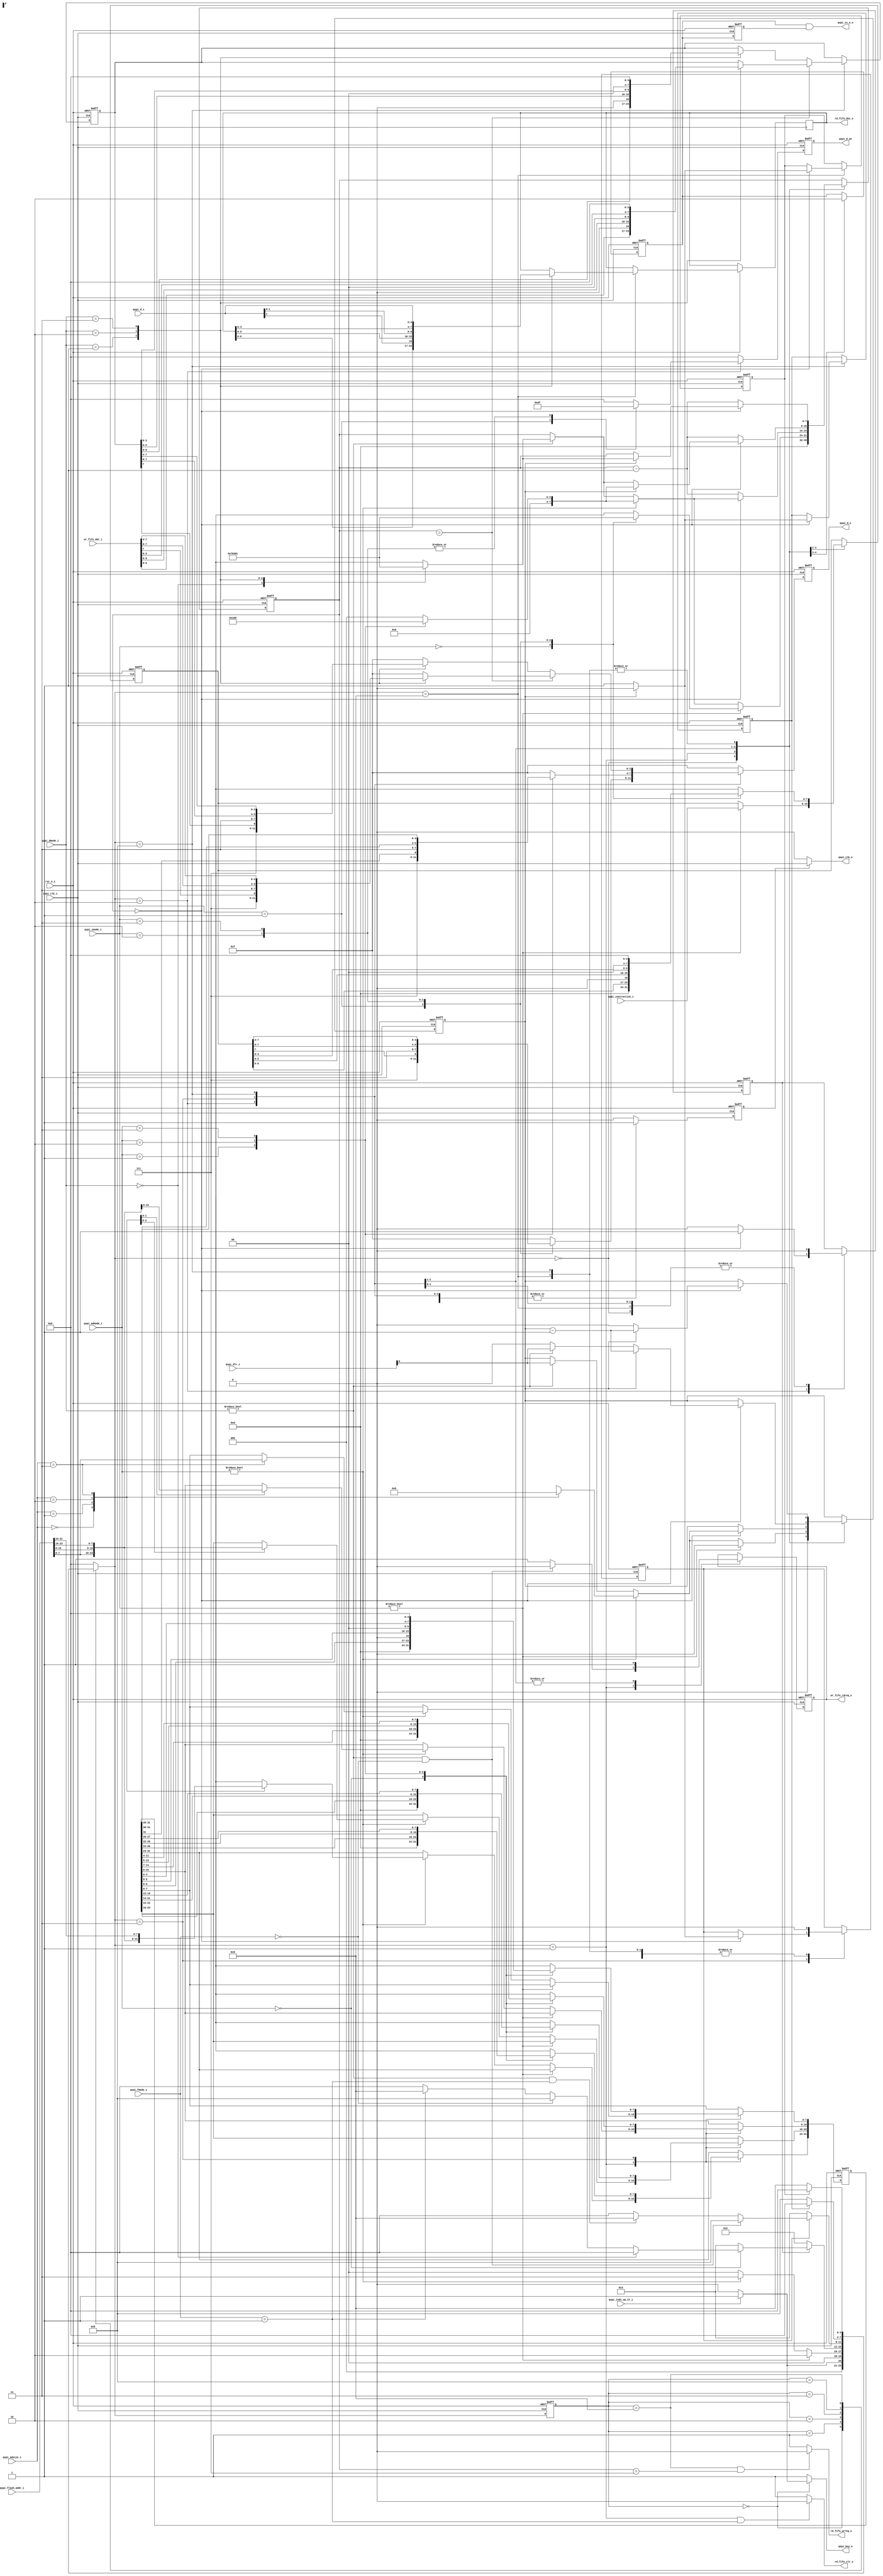
module   qspi_shifter (
                       rst_n_i,
					   qspi_clk_i,
					   qspi_indi_op_st_i,
					   qspi_fmode_i,
					   qspi_admode_i,
					   qspi_imode_i,
					   qspi_dmode_i,
					   qspi_instruction_i,
					   qspi_flash_addr_i,
					   qspi_adsize_i,
					   qspi_dlr_i,
					   
					   qspi_bsy_o,
					   qspi_clk_o,
					   qspi_cs_n_o,
					   qspi_d_o,
					   qspi_d_i,
					   qspi_d_oe,
					   
					   rd_fifo_clr_o,
					   rd_fifo_wrreq_o,
					   rd_fifo_dat_o,
					   
					   wr_fifo_rdreq_o,
					   wr_fifo_dat_i
					   );

//--------------------------------
//  Ports
//--------------------------------	
input                  rst_n_i;
input                  qspi_clk_i;
input                  qspi_indi_op_st_i;
input [1:0]            qspi_fmode_i;
input [7:0]            qspi_instruction_i;
input [31:0]           qspi_flash_addr_i;
input [1:0]            qspi_admode_i;
input [1:0]            qspi_adsize_i;
input [1:0]            qspi_imode_i;
input [1:0]            qspi_dmode_i;
input [31:0]           qspi_dlr_i;


output                 qspi_bsy_o;
output                 qspi_clk_o;
output                 qspi_cs_n_o;
output [3:0]           qspi_d_o;
input  [3:0]           qspi_d_i;
output [3:0]           qspi_d_oe;

output                 rd_fifo_clr_o;
output                 rd_fifo_wrreq_o;
output [7:0]           rd_fifo_dat_o;

output                 wr_fifo_rdreq_o;
input [7:0]            wr_fifo_dat_i;

parameter    IDLE   = 4'h0,
             START  = 4'h1,  // start the CS active
			 INSTR  = 4'h2,  // instruction phase
			 ADDR   = 4'h3,
			 WR_DA  = 4'h8,
			 RD_DA  = 4'h9;
			 
//--------------------------------
//  Wires and REGs
//--------------------------------
reg         qspi_bsy_o;

reg [3:0]   qspi_d_o;        
reg [3:0]   qspi_d_oe; 

reg [3:0]   state, next_state;
reg         qspi_cs_n_r;
reg         qspi_cs_n_r1;
reg [7:0]   phase_cnt;

reg [7:0]   qspi_instruction_r;
reg [3:0]   qspi_d_o_r;        
reg [3:0]   qspi_d_oe_r;
reg         qspi_spi_clk_oe_r;
reg         qspi_spi_clk_oe;
reg [32:0]  addr_byte_std;
reg [31:0]  qspi_address_r;
reg [7:0]   rd_fifo_dat_o;
reg [7:0]   qspi_data_r;
reg         wr_fifo_rdreq_o;

reg        end_of_instr;
reg        end_of_addr;
reg        end_of_rddat;
reg        end_of_wrdat;

reg [7:0]   phase_inst_std;
reg [7:0]   phase_addr_std;
reg [7:0]   phase_dat_std;



always@(posedge qspi_clk_i or negedge rst_n_i ) begin
  if(!rst_n_i) begin
    state  <= IDLE;
  end
  else begin
    state  <= next_state;
  end
end

always@(*) begin
  case(state)
  IDLE: begin
    if(qspi_indi_op_st_i)
	  next_state  =  START;
	else
	  next_state  = IDLE;
  end
  START: begin
    if(qspi_imode_i != 2'h0)
      next_state   =  INSTR; 
	else if(qspi_admode_i != 2'h0)
	  next_state   =  ADDR;
	else
	  next_state  = IDLE;
  end
  
  INSTR: begin
    if(end_of_instr) begin
	  if(qspi_admode_i == 2'b00) begin
	    if(qspi_dmode_i == 2'b00)
	      next_state  = IDLE;
		else if(qspi_fmode_i == 2'b00)
		  next_state  = WR_DA;
		else if(qspi_fmode_i == 2'b01)
		  next_state  = RD_DA;
		else
		  next_state  = IDLE;
	  end
	  else
	    next_state   =  ADDR;
	end
	else
	  next_state   =  INSTR;
  end
  
  ADDR: begin
    if(end_of_addr) begin
	  if((qspi_dmode_i != 2'b00) && (qspi_fmode_i == 2'b00))
	    next_state = WR_DA;
	  else if((qspi_dmode_i != 2'b00) && (qspi_fmode_i == 2'b01))
	    next_state  = RD_DA;
	  else 
	    next_state  = IDLE;
	end
	else
	  next_state   =  ADDR;
  end
  
  WR_DA: begin
    if(end_of_wrdat)
	  next_state  = IDLE;
	else
	  next_state  = WR_DA;
  end
  
  RD_DA: begin
    if(end_of_rddat)
	  next_state  = IDLE;
	else
	  next_state  = RD_DA;
  end
  
  default: begin
    next_state  = IDLE;
  end
  endcase
end

always@(posedge qspi_clk_i or negedge rst_n_i ) begin
  if(!rst_n_i) begin
    phase_cnt            <=   8'h00;
	qspi_cs_n_r          <=   1'b1;
	qspi_instruction_r   <=   8'h0;
	end_of_instr         <=   1'b0;
	trans_byte_cnt       <=   33'h0;
	qspi_address_r       <=   32'h0;
	end_of_addr          <=   1'b0;
	end_of_wrdat         <=   1'b0;
	end_of_rddat         <=   1'b0;
	qspi_data_r          <=   8'hff;
	wr_fifo_rdreq_o    <=  1'b1;
  end
  else begin
    case(next_state) 
	IDLE : begin
	  phase_cnt          <=   8'h00;
	  qspi_cs_n_r        <= 1'b1;
	  end_of_instr       <= 1'b0;
	  trans_byte_cnt     <= 33'h0;
	  end_of_addr          <=   1'b0;
	end
	START : begin
	  qspi_cs_n_r        <=  1'b0;
	  if(qspi_imode_i != 2'b00) begin // there is instruction phase
	    qspi_instruction_r <=  qspi_instruction_i;
	    phase_cnt          <=  phase_inst_std;
		trans_byte_cnt     <=  33'h0;
	  end
	  else if(qspi_admode_i != 2'b00) begin // there is no instruction phase but has address phase
	    phase_cnt          <=  phase_addr_std;
		trans_byte_cnt     <=  addr_byte_std;
	    case(qspi_adsize_i)
		2'b00: 	qspi_address_r[31:24]     <=  qspi_flash_addr_i[7:0]; // 8bit
		2'b01: 	qspi_address_r[31:16]     <=  qspi_flash_addr_i[15:0]; // 16bit
		2'b10: 	qspi_address_r[31:8]      <=  qspi_flash_addr_i[23:0]; // 24bit
		2'b11: 	qspi_address_r[31:0]      <=  qspi_flash_addr_i[31:0]; // 32bit
		endcase
	  end
	  else if(qspi_dmode_i != 2'b00) begin// no address phase but has data phase
	    phase_cnt         <=  phase_dat_std;
		trans_byte_cnt    <=  qspi_dlr_i;
	  end
	  
	  if((qspi_dmode_i != 2'b00) && (qspi_fmode_i == 2'b00))
	    wr_fifo_rdreq_o    <=  1'b0;
	  else
	    wr_fifo_rdreq_o    <=  1'b1;
		
	end
	INSTR : begin
	  wr_fifo_rdreq_o    <=  1'b1;
	  if(phase_cnt == 8'h0) begin
	    end_of_instr       <= 1'b1;
		if(qspi_admode_i != 2'b00) begin
		  phase_cnt  <=  phase_addr_std;
		  trans_byte_cnt     <=  addr_byte_std;
		end
		else if(qspi_dmode_i != 2'b00) begin
		  phase_cnt  <=  phase_dat_std;
		  trans_byte_cnt     <=  qspi_dlr_i;
		end
	  end
	  else begin
	    phase_cnt  <= phase_cnt - 1'b1;
	    end_of_instr <= 1'b0;
      end
	  case(qspi_imode_i) // qspi_instruction_r & qspi_d_o_r
	  2'b00 : begin
	    qspi_instruction_r  <=  8'h0;
	  end
	  2'b01: begin
	    qspi_instruction_r  <=  {qspi_instruction_r[6:0],1'b0};
	  end
	  2'b10: begin
	    qspi_instruction_r  <=  {qspi_instruction_r[5:0], 2'b00};
	  end
	  2'b11: begin
	    qspi_instruction_r  <=  {qspi_instruction_r[3:0], 4'b0000};
	  end
	  default: ;
	  endcase
    end
	
	ADDR :  begin
	  end_of_instr <= 1'b0;
	  wr_fifo_rdreq_o    <=  1'b1;
	  if(phase_cnt == 8'h0) begin
	    if(trans_byte_cnt == 33'h0) begin // end of ADDRESS phase
		  end_of_addr  <= 1'b1;
		  if(qspi_dmode_i != 2'b00) begin
		    phase_cnt  <=  phase_dat_std;
			trans_byte_cnt <= qspi_dlr_i;
		  end
		end
		else begin
		  phase_cnt  <=  phase_addr_std;
		  end_of_addr  <= 1'b0;
		  trans_byte_cnt <= trans_byte_cnt - 1'b1;
		end
	  end
	  else begin
	    phase_cnt  <= phase_cnt - 1'b1;
	  end
	  
	  case(qspi_admode_i) // 
	  2'b00 : begin
	    qspi_address_r  <=  8'h0;
	  end
	  2'b01: begin
	    qspi_address_r  <=  {qspi_address_r[30:0],1'b0};
	  end
	  2'b10: begin
	    qspi_address_r  <=  {qspi_address_r[29:0], 2'b00};
	  end
	  2'b11: begin
	    qspi_address_r  <=  {qspi_address_r[27:0], 4'b0000};
	  end
	  default: ;
	  endcase
	  
	end
	
	WR_DA: begin
	  end_of_instr         <= 1'b0;
	  end_of_addr          <= 1'b0;
	  if(phase_cnt == 8'h0) begin
	    if(trans_byte_cnt == 33'h0) begin // end of ADDRESS phase
		  end_of_wrdat  <= 1'b1;
		end
		else begin
		  phase_cnt  <=  phase_dat_std;
		  end_of_wrdat  <= 1'b0;
		  trans_byte_cnt <= trans_byte_cnt - 1'b1;
		end
	  end
	  else begin
	    phase_cnt            <= phase_cnt - 1'b1;
	  end
	  if(phase_cnt == phase_wrdat_std) begin
	    case(qspi_dmode_i)
	    2'b01: qspi_data_r        <= {wr_fifo_dat_i[6:0], 1'b0};
	    2'b10: qspi_data_r        <= {wr_fifo_dat_i[5:0], 2'b00};
	    2'b11: qspi_data_r        <= {wr_fifo_dat_i[3:0], 4'b0000};
		endcase
	  end
	  else begin
	    case(qspi_dmode_i)
	    2'b01: qspi_data_r        <= {qspi_data_r[6:0], 1'b0};
	    2'b10: qspi_data_r        <= {qspi_data_r[5:0], 2'b00};
	    2'b11: qspi_data_r        <= {qspi_data_r[3:0], 4'b0000}; // actually useless
		endcase
	  end

	end
	
	RD_DA: begin
	  end_of_instr <= 1'b0;
	  end_of_addr          <=   1'b0;
	  if(phase_cnt == 8'h0) begin
	    if(trans_byte_cnt == 33'h0) begin // end of DATA phase
		  end_of_rddat  <= 1'b1;
		end
		else begin
		  phase_cnt  <=  phase_dat_std;
		  end_of_rddat  <= 1'b0;
		  trans_byte_cnt <= trans_byte_cnt - 1'b1;
		end
	  end
	  else begin
	    phase_cnt  <= phase_cnt - 1'b1;
	  end
	  case(qspi_dmode_i)
	  2'b01: rd_fifo_dat_o <= {rd_fifo_dat_o[6:0], qspi_d_i[1]};
	  2'b10: rd_fifo_dat_o <= {rd_fifo_dat_o[5:0], qspi_d_i[1:0]};
	  2'b11: rd_fifo_dat_o <= {rd_fifo_dat_o[3:0], qspi_d_i[3:0]};
	  default: ;
	  endcase
	end
	
	default: ;
	endcase
  end
end

// for output enable
always@(*) begin
  qspi_d_o_r   = 4'hf;
  qspi_d_oe_r  = 4'h0;
  qspi_spi_clk_oe_r  = 1'b0;
  case(next_state)
  IDLE : begin
    qspi_d_o_r   = 4'hf;
	qspi_d_oe_r  = 4'h0;
	qspi_spi_clk_oe_r  = 1'b0;
  end
  
  START: begin
    qspi_d_o_r   = 4'hf;
	qspi_d_oe_r  = 4'h0;
	qspi_spi_clk_oe_r  = 1'b0;
  end

  INSTR: begin
    qspi_spi_clk_oe_r  = 1'b1;
    case(qspi_imode_i)
	2'b01: begin
	  qspi_d_o_r   = {3'b111, qspi_instruction_r[7]}; 
	  qspi_d_oe_r  = 4'hd;
	end
	2'b10: begin
	  qspi_d_o_r   = {2'b11, qspi_instruction_r[7:6]}; 
	  qspi_d_oe_r  = 4'hf;
	end
	2'b11: begin
	  qspi_d_o_r   = {qspi_instruction_r[7:4]}; 
	  qspi_d_oe_r  = 4'hf;
	end
	default: begin
	  qspi_d_o_r   = 4'hf;
	  qspi_d_oe_r  = 4'h0;
	end
	endcase
  end
  
  ADDR: begin
    qspi_spi_clk_oe_r  = 1'b1;
	case(qspi_admode_i)
	2'b01: begin
	  qspi_d_o_r = {3'b111, qspi_address_r[31]}; // one line
	end
	2'b10: begin
	  qspi_d_o_r = {2'b11, qspi_address_r[31:30]}; // two line
	end
	2'b11: begin
	  qspi_d_o_r = {qspi_address_r[31:28]}; // 4 line
	end
	endcase
  end
  
  RD_DA: begin
    qspi_spi_clk_oe_r  = 1'b1;
  end
  
  WR_DA: begin
    qspi_spi_clk_oe_r  = 1'b1;
	if(phase_cnt == phase_wrdat_std) begin // the beginning of one byte
	  case(qspi_dmode_i)
	  2'b01: qspi_d_o_r  = {3'b111, wr_fifo_dat_i[7]  };
	  2'b10: qspi_d_o_r  = {2'b11,  wr_fifo_dat_i[7:6]};
	  2'b11: qspi_d_o_r  = {wr_fifo_dat_i[7:4]};
	  endcase
	end
	else begin
	  case(qspi_dmode_i)
	  2'b01: qspi_d_o_r  = {3'b111, qspi_data_r[7]  };
	  2'b10: qspi_d_o_r  = {2'b11,  qspi_data_r[7:6]};
	  2'b11: qspi_d_o_r  = {qspi_data_r[7:4]};
	  endcase
	end
	  
  end
  
  default: begin
    qspi_d_o_r   = 4'hf;
	qspi_d_oe_r  = 4'h0;
	qspi_spi_clk_oe_r  = 1'b0;
  end
  endcase
  
end

// for counter std
always@(*) begin 
  addr_byte_std = 33'h0;
  
  phase_inst_std = 8'h0;
  phase_addr_std = 8'h0;
  phase_dat_std  = 8'h0;

  case(qspi_adsize_i)
    2'b00:  addr_byte_std  = 33'h0;
    2'b01:  addr_byte_std  = 33'h1;
    2'b10:  addr_byte_std  = 33'h2;
    2'b11:  addr_byte_std  = 33'h3;
  endcase
  
  case(qspi_imode_i)
  2'b00: phase_inst_std   =   8'h0;
  2'b01: phase_inst_std   =   8'h07;
  2'b10: phase_inst_std   =   8'h03;
  2'b11: phase_inst_std   =   8'h01;
  endcase
  
  case(qspi_dmode_i)
  2'b00: phase_dat_std   =   8'h00; // no data phase
  2'b01: phase_dat_std   =   8'h07;
  2'b10: phase_dat_std   =   8'h03;
  2'b11: phase_dat_std   =   8'h01;
  endcase
  
  case(qspi_admode_i)
	2'b01:   phase_addr_std   =   8'h07; //  Address phase on one line
    2'b10:   phase_addr_std   =   8'h03; //  Address phase on two lines
    2'b11:   phase_addr_std   =   8'h01; //  Address phase on four lines
  endcase
  
end

always@(*) begin
  if(state == IDLE)
    if(qspi_indi_op_st_i)
	  qspi_bsy_o = 1'b1;
	else 
	  qspi_bsy_o = 1'b0;
  else 
    qspi_bsy_o = 1'b1;
end

always@(negedge qspi_clk_i or negedge rst_n_i ) begin
  if(!rst_n_i) begin
    qspi_cs_n_r1  <= 1'b1;
	qspi_d_o      <= 4'hf;
	qspi_d_oe     <= 4'h0;
  end
  else begin
    qspi_cs_n_r1 <= qspi_cs_n_r;
	qspi_d_o     <= qspi_d_o_r;
	qspi_d_oe    <= qspi_d_oe_r;
  end
end

always@(negedge qspi_clk_i or negedge rst_n_i ) begin
  if(!rst_n_i) begin
    qspi_spi_clk_oe  <= 1'b1;
  end
  else begin
    qspi_spi_clk_oe   <= qspi_spi_clk_oe_r;
  end
end

assign rd_fifo_clr_o = ((next_state == START) && (qspi_fmode_i == 2'b01))?1'b0:1'b1;
assign rd_fifo_wrreq_o = ((state == RD_DA) && (phase_cnt == 8'h07))?1'b0:1'b1;

assign qspi_clk_o  = qspi_spi_clk_oe?qspi_clk_i:1'b0;
assign qspi_cs_n_o = qspi_cs_n_r && qspi_cs_n_r1;
endmodule